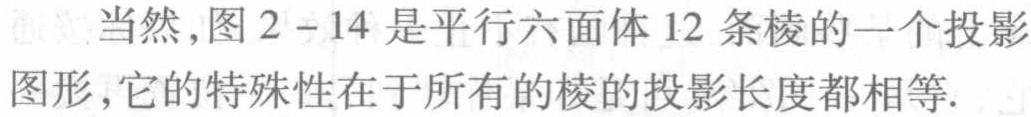
当然,图 2 - 14 是平行六面体 12 条棱的一个投影图形,它的特殊性在于所有的棱的投影长度都相等.